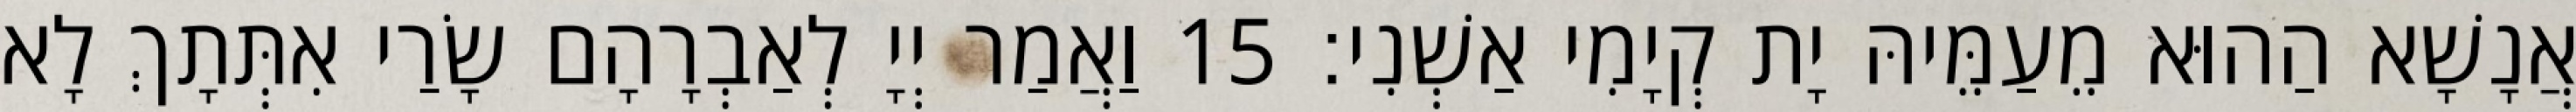
אֲנָשָׁא הַהוּא מֵעַמֵּיהּ יָת קְיָמִי אַשְׁנִי׃ 15 וַאֲמַר יְיָ לְאַבְרָהָם שָׂרַי אִתְּתָךְ לָא